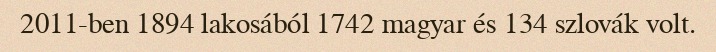
2011-ben 1894 lakosából 1742 magyar és 134 szlovák volt.